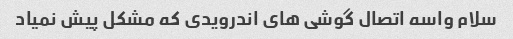
سلام واسه اتصال گوشی های اندرویدی که مشکل پیش نمیاد